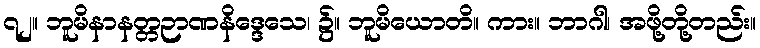
၇၂။ ဘူမိနာနတ္တဉာဏနိဒ္ဒေသေ၊ ၌။ ဘူမိယောတိ။ ကား။ ဘာဂါ၊ အဖို့တို့တည်း။